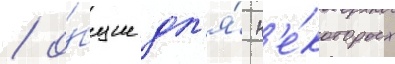
/ о́бщие дл'я́ н'е́которых